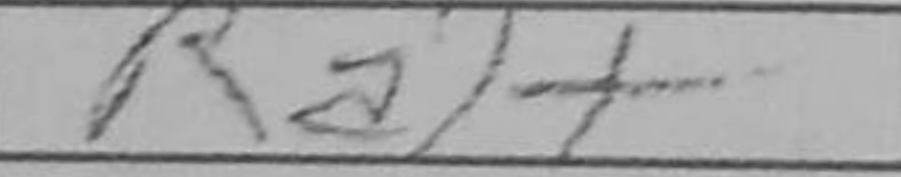
Transcription: Ra1+